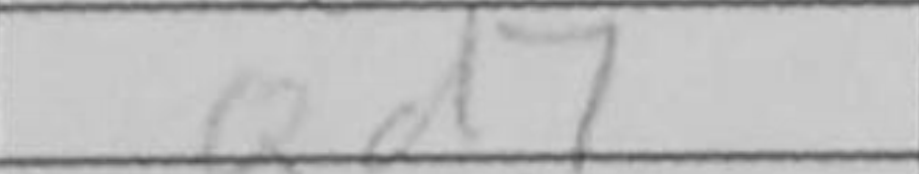
Transcription: Qd7